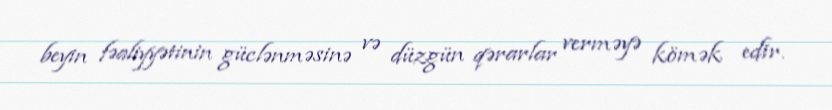
beyin fəaliyyətinin güclənməsinə və düzgün qərarlar verməyə kömək edir.